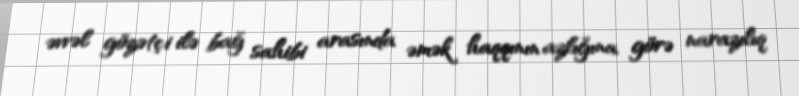
əvvəl gözətçi ilə bağ sahibi arasında əmək haqqının azlığına görə narazılıq